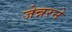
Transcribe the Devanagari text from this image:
जेन्नरने